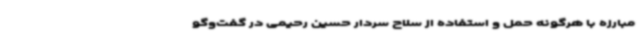
مبارزه با هرگونه حمل و استفاده از سلاح سردار حسین رحیمی در گفت‌وگو